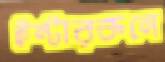
ইন্টারকনে